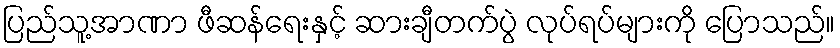
ပြည်သူ့အာဏာ ဖီဆန်ရေးနှင့် ဆားချီတက်ပွဲ လုပ်ရပ်များကို ပြောသည်။